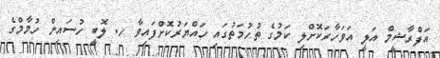
އަފްރާޝީމް އަލީ އަވަހާރަކޮށްލި ކަމުގެ ތުހުމަތުގައި ހައްޔަރުކޮށްފައިވާ ހ. ލޮބީ ހުސައިން ހުމާމްގެ